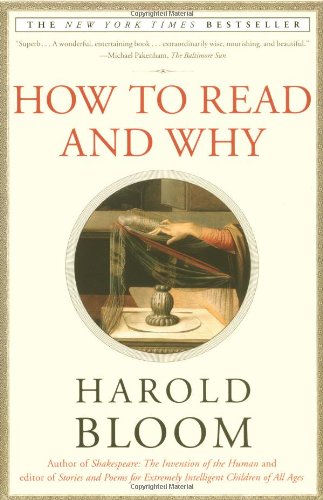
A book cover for How to Read and Why; Harold Bloom; Literature & Fiction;